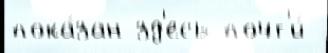
пока́зан зд'есь почт'и́